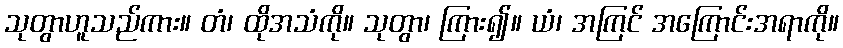
သုတွာဟူသည်ကား။ တံ၊ ထိုအသံကို။ သုတွာ၊ ကြား၍။ ယံ၊ အကြင် အကြောင်းအရာကို။